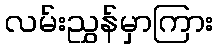
လမ်းညွှန်မှာကြား